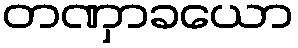
တဏှာခယော